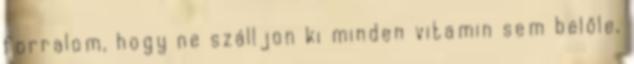
forralom, hogy ne szálljon ki minden vitamin sem belőle,